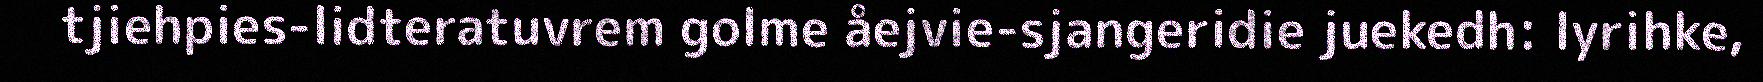
tjiehpies-lidteratuvrem golme åejvie-sjangeridie juekedh: lyrihke,